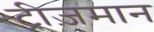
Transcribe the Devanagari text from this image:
ट्रीज़मान